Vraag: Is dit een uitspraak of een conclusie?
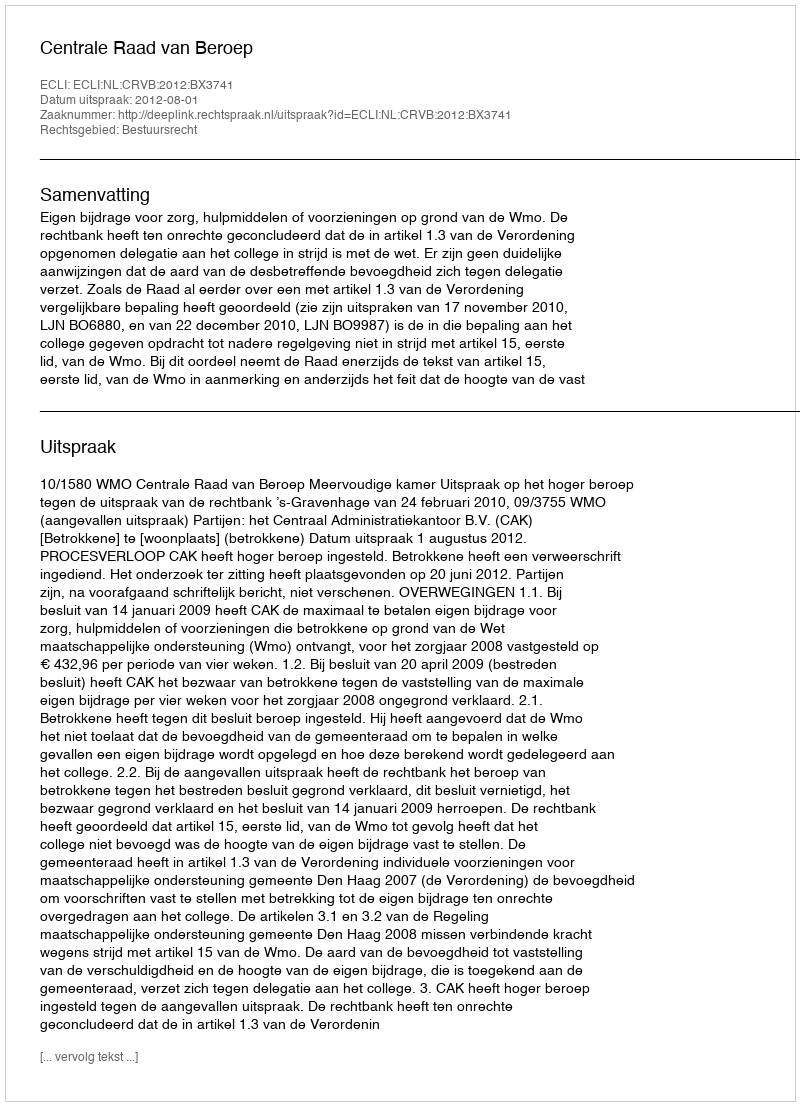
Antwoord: Uitspraak